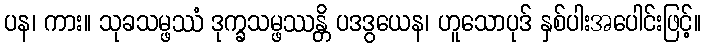
ပန၊ ကား။ သုခသမ္ဖဿံ ဒုက္ခသမ္ဖဿန္တိ ပဒဒွယေန၊ ဟူသောပုဒ် နှစ်ပါးအပေါင်းဖြင့်။